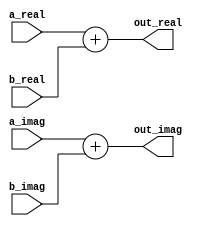
module complex_add(
	input 	[63:0]		a_real,
	input 	[63:0]		a_imag,
	input 	[63:0]		b_real,
	input 	[63:0]		b_imag,
	
	output	[63:0]		out_real,
	output	[63:0]		out_imag
);

	assign out_real=a_real+b_real;
	assign out_imag=a_imag+b_imag;


endmodule